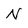
Character: N